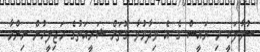
ސުވާލަކީ މި ރައީސް ގެ އެ ވިދާޅުވާ ގޮތަށް ޝަރީއަތުގެ މަޖިލީހުން ނިންމާ